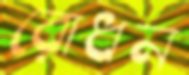
রোধন